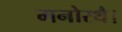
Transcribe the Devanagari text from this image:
मनोरथै।